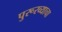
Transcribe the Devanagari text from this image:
पुरूरव्याचा